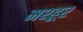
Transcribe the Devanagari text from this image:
मश्‍हूर